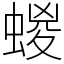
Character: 蝬